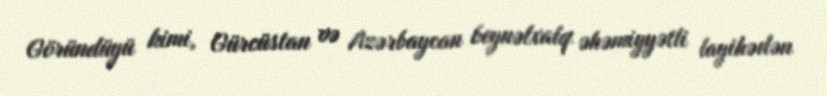
Göründüyü kimi, Gürcüstan və Azərbaycan beynəlxalq əhəmiyyətli layihədən